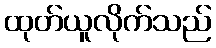
ထုတ်ယူလိုက်သည်